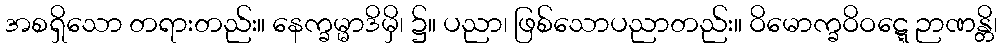
အစရှိသော တရားတည်း။ နေက္ခမ္မာဒိမှိ၊ ၌။ ပညာ၊ ဖြစ်သောပညာတည်း။ ဝိမောက္ခဝိဝဋ္ဋေ ဉာဏန္တိ၊